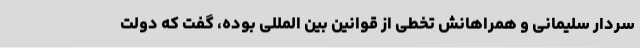
سردار سلیمانی و همراهانش تخطی از قوانین بین المللی بوده، گفت که دولت